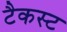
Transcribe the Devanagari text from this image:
टैकस्ट